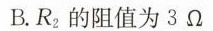
B.R_{2}的阻值为3Ω